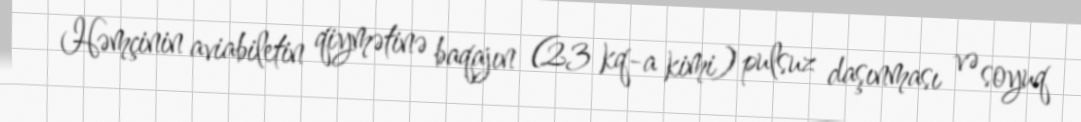
Həmçinin aviabiletin qiymətinə baqajın (23 kq-a kimi) pulsuz daşınması və soyuq